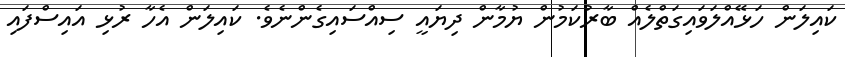
ކައިލަން ހަޅޭއްލަވައިގަތްލެއް ބާރުކަމުން ޔުމާން ދިޔައީ ސިއްސައިގެންނެވެ. ކައިލަން އެހާ ރުޅި އައިސްފައި